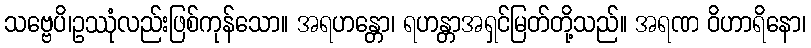
သဗ္ဗေပိ၊ဥဿုံလည်းဖြစ်ကုန်သော။ အရဟန္တော၊ ရဟန္တာအရှင်မြတ်တို့သည်။ အရဏ ဝိဟာရိနော၊